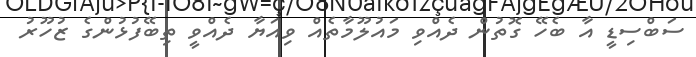
ސަބްސިޑީ އާ ބެހޭ ގޮތުން ދެއްވި މައުލޫމާތެއް ވިއަޔާ ދެއްވީ ތިބޭފުޅުންގެ ޒުހޫރު